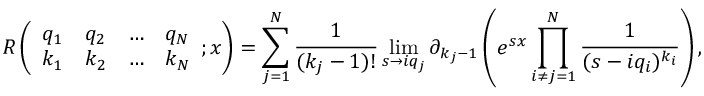
R \left( \begin{array} { l l l l } { q _ { 1 } } & { q _ { 2 } } & { \ldots } & { q _ { N } } \\ { k _ { 1 } } & { k _ { 2 } } & { \ldots } & { k _ { N } } \end{array} ; x \right) = \sum _ { j = 1 } ^ { N } \frac { 1 } { ( k _ { j } - 1 ) ! } \operatorname* { l i m } _ { s \to i q _ { j } } \partial _ { k _ { j } - 1 } \left( e ^ { s x } \prod _ { i \neq j = 1 } ^ { N } \frac { 1 } { ( s - i q _ { i } ) ^ { k _ { i } } } \right) ,